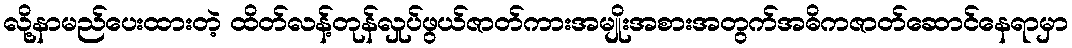
လို့နာမည်ပေးထားတဲ့ ထိတ်လန့်တုန်လှုပ်ဖွယ်ဇာတ်ကားအမျိုးအစားအတွက်အဓိကဇာတ်ဆောင်နေရာမှာ